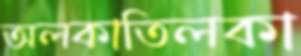
অলকাতিলকা